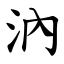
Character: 汭